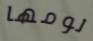
لومها